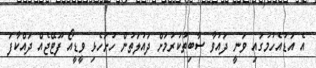
އެ އަޑުއެހުމުގައި ވަނީ ދައުވާ ސާބިތުކުރުމަށް ދައުލަތުން ހުށަހެޅި ވީޑީއޯ ފޫޓޭޖެއް ދައްކާފަ